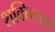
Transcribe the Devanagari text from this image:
शक्तिसूत्र।